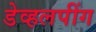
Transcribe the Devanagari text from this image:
डेव्हलपींग